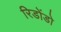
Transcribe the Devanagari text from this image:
रिडोंडो